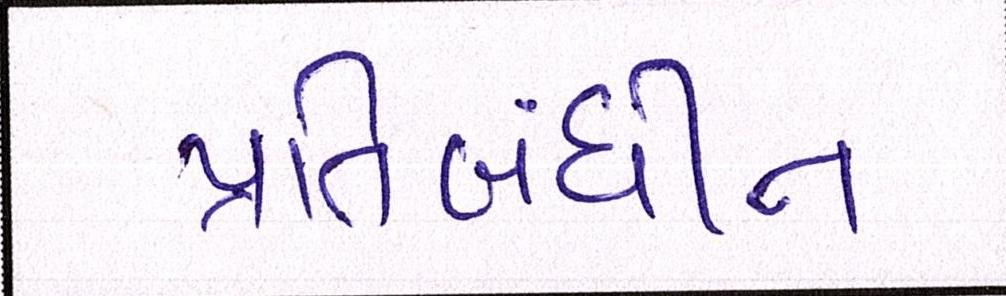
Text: પ્રતિબંધીત